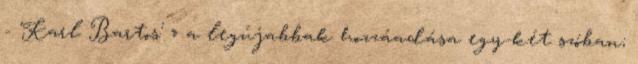
- 'Karl Bartos' » a legújabbak hozzáadása egy-két szóban;